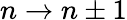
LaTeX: n\rightarrow n\pm 1